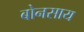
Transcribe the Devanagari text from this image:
बोनसाय